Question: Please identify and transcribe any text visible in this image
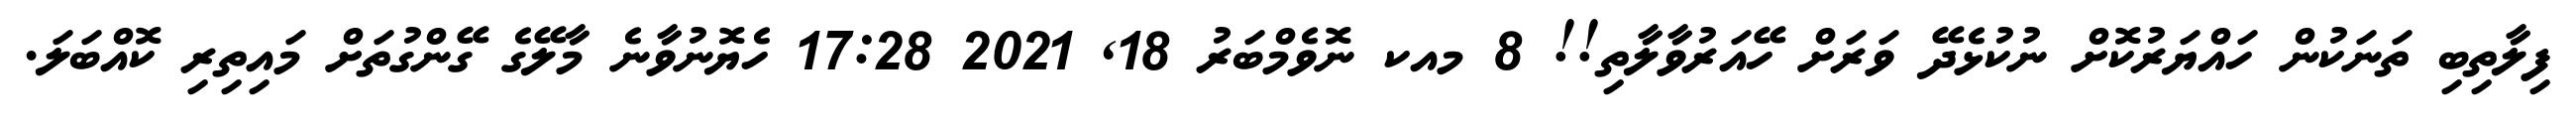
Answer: ފިލާތިބި ތަނަކުން ހައްޔަރުކޮށް ނުކުޅެދޭ ވަރަށް ހޭއަރުވާލާތި!! 8 މއކ ނޮވެމްބަރު 18, 2021 17:28 ހެޔޮނުވާނެ މާލޭގެ ގޭންގުތަށް މައިތިރި ކޮއްބަލަ.